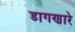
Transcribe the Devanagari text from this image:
डागणारे